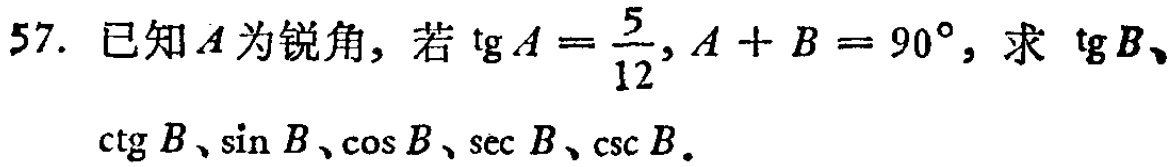
57. 已知\(A\)为锐角，若\(\text{tg}A = \frac{5}{12}, A + B = 90^{\circ}\)，求 \(\text{tg}B\)、\(\text{ctg}B\)、\(\sin B\)、\(\cos B\)、\(\sec B\)、\(\csc B\)。